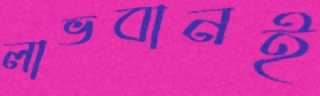
লাভবানই